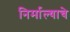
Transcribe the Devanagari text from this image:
निर्माल्याचे